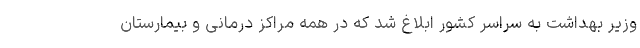
وزیر بهداشت به سراسر کشور ابلاغ شد که در همه مراکز درمانی و بیمارستان